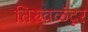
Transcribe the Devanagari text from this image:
तिरुवळंदूर